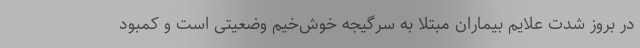
در بروز شدت علایم بیماران مبتلا به سرگیجه خوش‌خیم وضعیتی است و کمبود